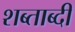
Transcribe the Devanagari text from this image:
शब्ताब्दी